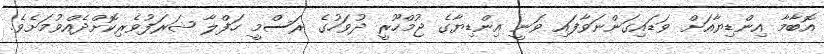
އޮބާމާ އިންޑިޔާއަށް ވަޑައިގަންނަވާފައި ވަނީ އިންޑިޔާގެ ޖުމްހޫރީ ދުވަހުގެ ރަސްމީ ހަފްލާ ޝަރަފުވެރިކޮށްދެއްވުމަށެވެ.